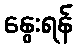
နွေးရန်